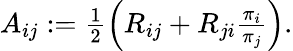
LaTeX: \begin{array}{r}{A_{ij}:=\frac{1}{2}\left(R_{ij}+R_{ji}\frac{\pi_{i}}{\pi_{j}}\right).}\end{array}